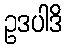
ဥဒပါဒိ